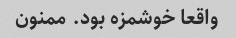
واقعا خوشمزه بود. ممنون